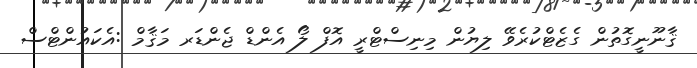
ޤާނޫނީގޮތުން ގެޒެޓްކުރެވޭ ލިޔުން މިނިސްޓްރީ އޮފް ލޯ އެންޑް ޖެންޑަރ މަޤާމް :އެކައުންޓްސް